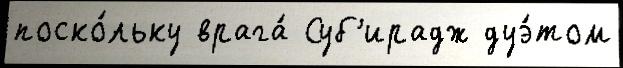
поско́льку врага́ Суб'ирадж дуэ́том